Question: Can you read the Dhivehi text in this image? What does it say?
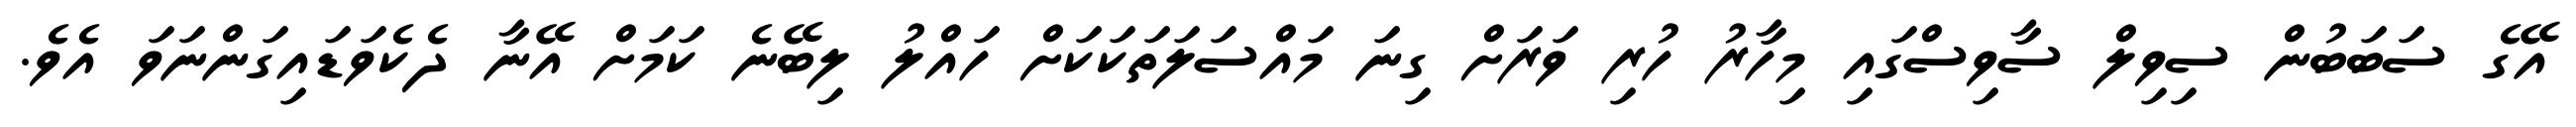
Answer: އޭގެ ސަބަބުން ސިވިލް ސާވިސްގައި މިހާރު ހުރި ވަރަށް ގިނަ މައްސަލަތަކަކަށް ހައްލު ލިބޭނެ ކަމަށް އޭނާ ދެކެވަޑައިގަންނަވަ އެވެ.